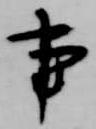
事